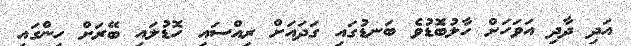
އަދި ދާދި އަވަހަށް ހާލުބޮޑުވެ ބަނޑުގައި ގަދައަށް ރިއްސައި ހޮޑުލައި ބޭރަށް ހިންގައި